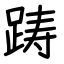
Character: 踌